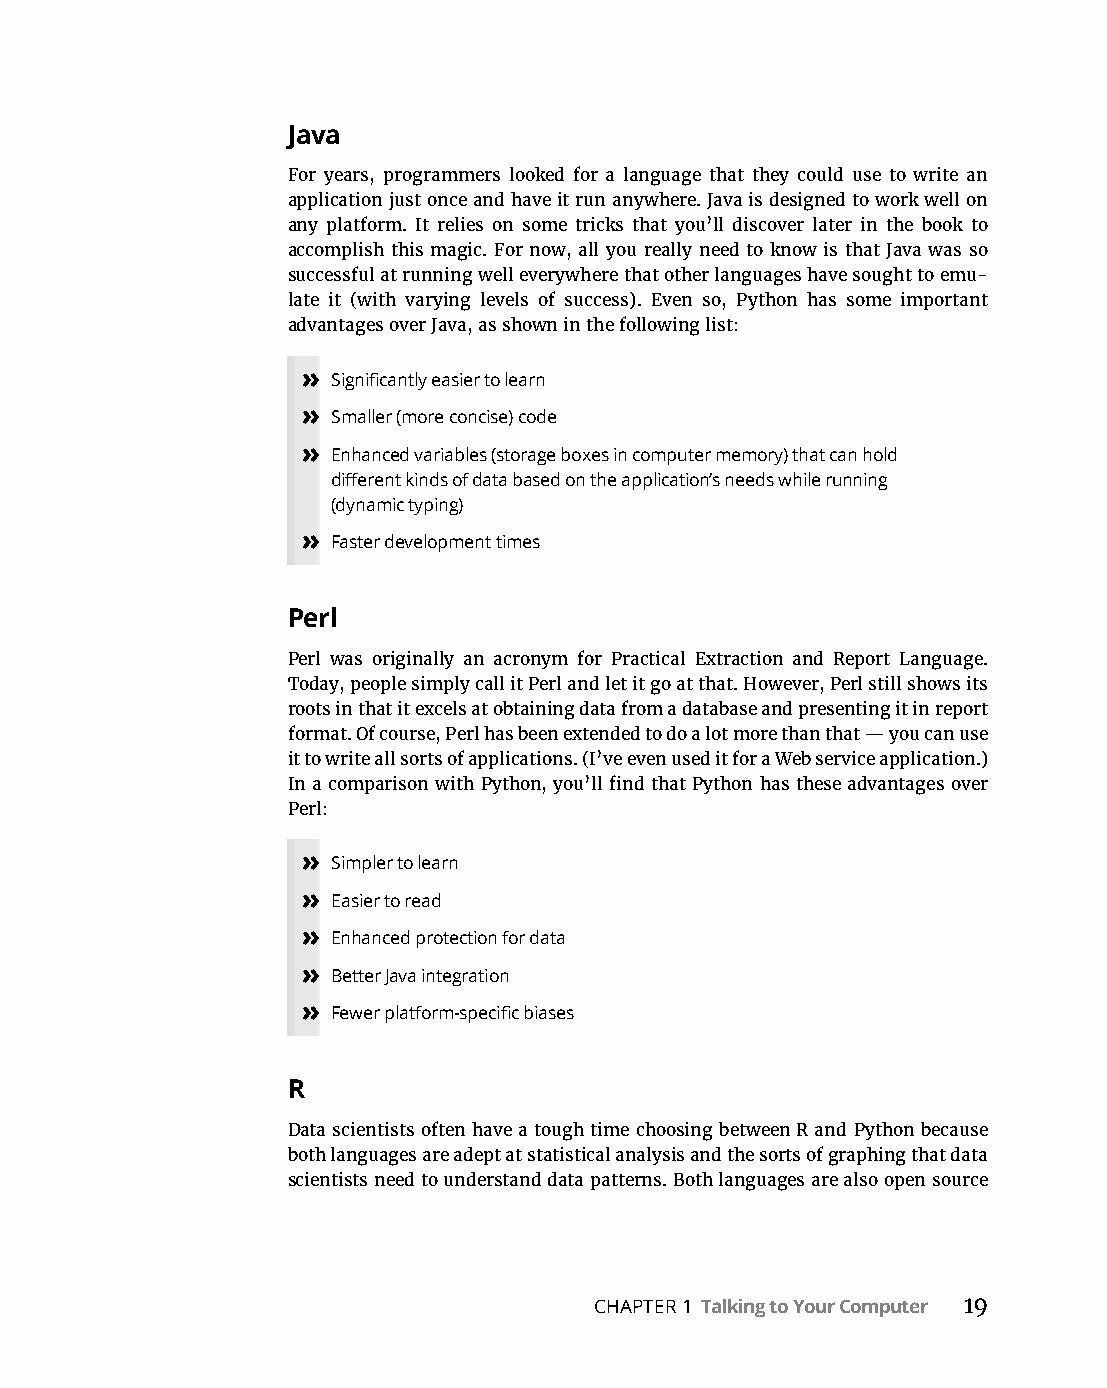
Java
 For years, programmers looked for a language that they could use to write an
 application just once and have it run anywhere. Java is designed to work well on
 any platform. It relies on some tricks that you’ll discover later in the book to
 accomplish this magic. For now, all you really need to know is that Java was so
 successful at running well everywhere that other languages have sought to emu-
 late it (with varying levels of success). Even so, Python has some important
 advantages over Java, as shown in the following list:
 » Significantly easier to learn
 » Smaller (more concise) code
 » Enhanced variables (storage boxes in computer memory) that can hold
 different kinds of data based on the application’s needs while running
 (dynamic typing)
 » Faster development times
 Perl
 Perl was originally an acronym for Practical Extraction and Report Language.
 Today, people simply call it Perl and let it go at that. However, Perl still shows its
 roots in that it excels at obtaining data from a database and presenting it in report
 format. Of course, Perl has been extended to do a lot more than that — you can use
 it to write all sorts of applications. (I’ve even used it for a Web service application.)
 In a comparison with Python, you’ll find that Python has these advantages over
 Perl:
 » Simpler to learn
 » Easier to read
 » Enhanced protection for data
 » Better Java integration
 » Fewer platform-specific biases
 R
 Data scientists often have a tough time choosing between R and Python because
 both languages are adept at statistical analysis and the sorts of graphing that data
 scientists need to understand data patterns. Both languages are also open source
 CHAPTER 1 Talking to Your Computer 19